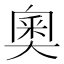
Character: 奧